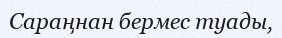
Сараңнан бермес туады,